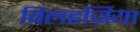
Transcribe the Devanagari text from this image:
बिलहर्ज़िया